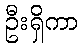
ဦးရှိကာ